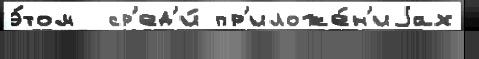
э́том  ср'ед'и́ пр'иложе́н'иjах